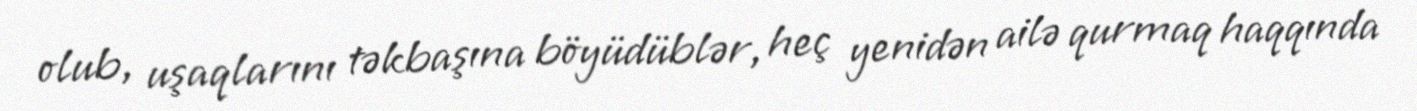
olub, uşaqlarını təkbaşına böyüdüblər, heç yenidən ailə qurmaq haqqında